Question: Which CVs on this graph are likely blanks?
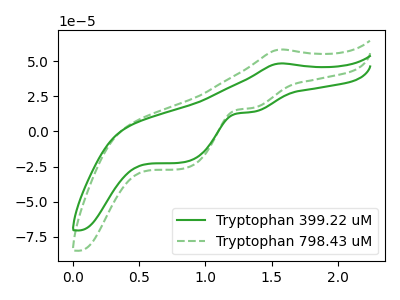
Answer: <think>The green curve "Tryptophan 399.22 uM" has an anodic peak at (1.55V, 48.40uA) and cathodic peaks at (1.35V, 13.80uA) (0.85V, -22.10uA). The green dashed curve "Tryptophan 798.43 uM" has an anodic peak at (1.55V, 58.30uA) and cathodic peaks at (1.35V, 16.60uA) (0.85V, -26.60uA).</think>
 <answer>There are not any CV's on this graph that are likely to be blanks.</answer>
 <eval>none</eval>